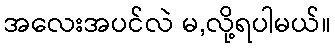
အလေးအပင်လဲ မ,လို့ရပါမယ်။